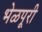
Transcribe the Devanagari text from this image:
भेळपूरी